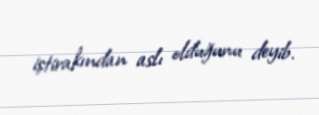
iştirakından aslı olduğunu deyib.